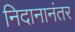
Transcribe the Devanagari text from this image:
निदानानंतर